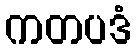
ကတပဒံ